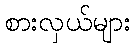
စားလှယ်များ